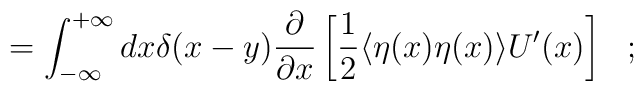
= \int_{-\infty}^{+\infty} dx \delta(x-y)\frac{\partial}{\partial x}\left[\frac{1}{2} \langle \eta(x) \eta(x) \rangle U^\prime(x) \right] \ \ ;